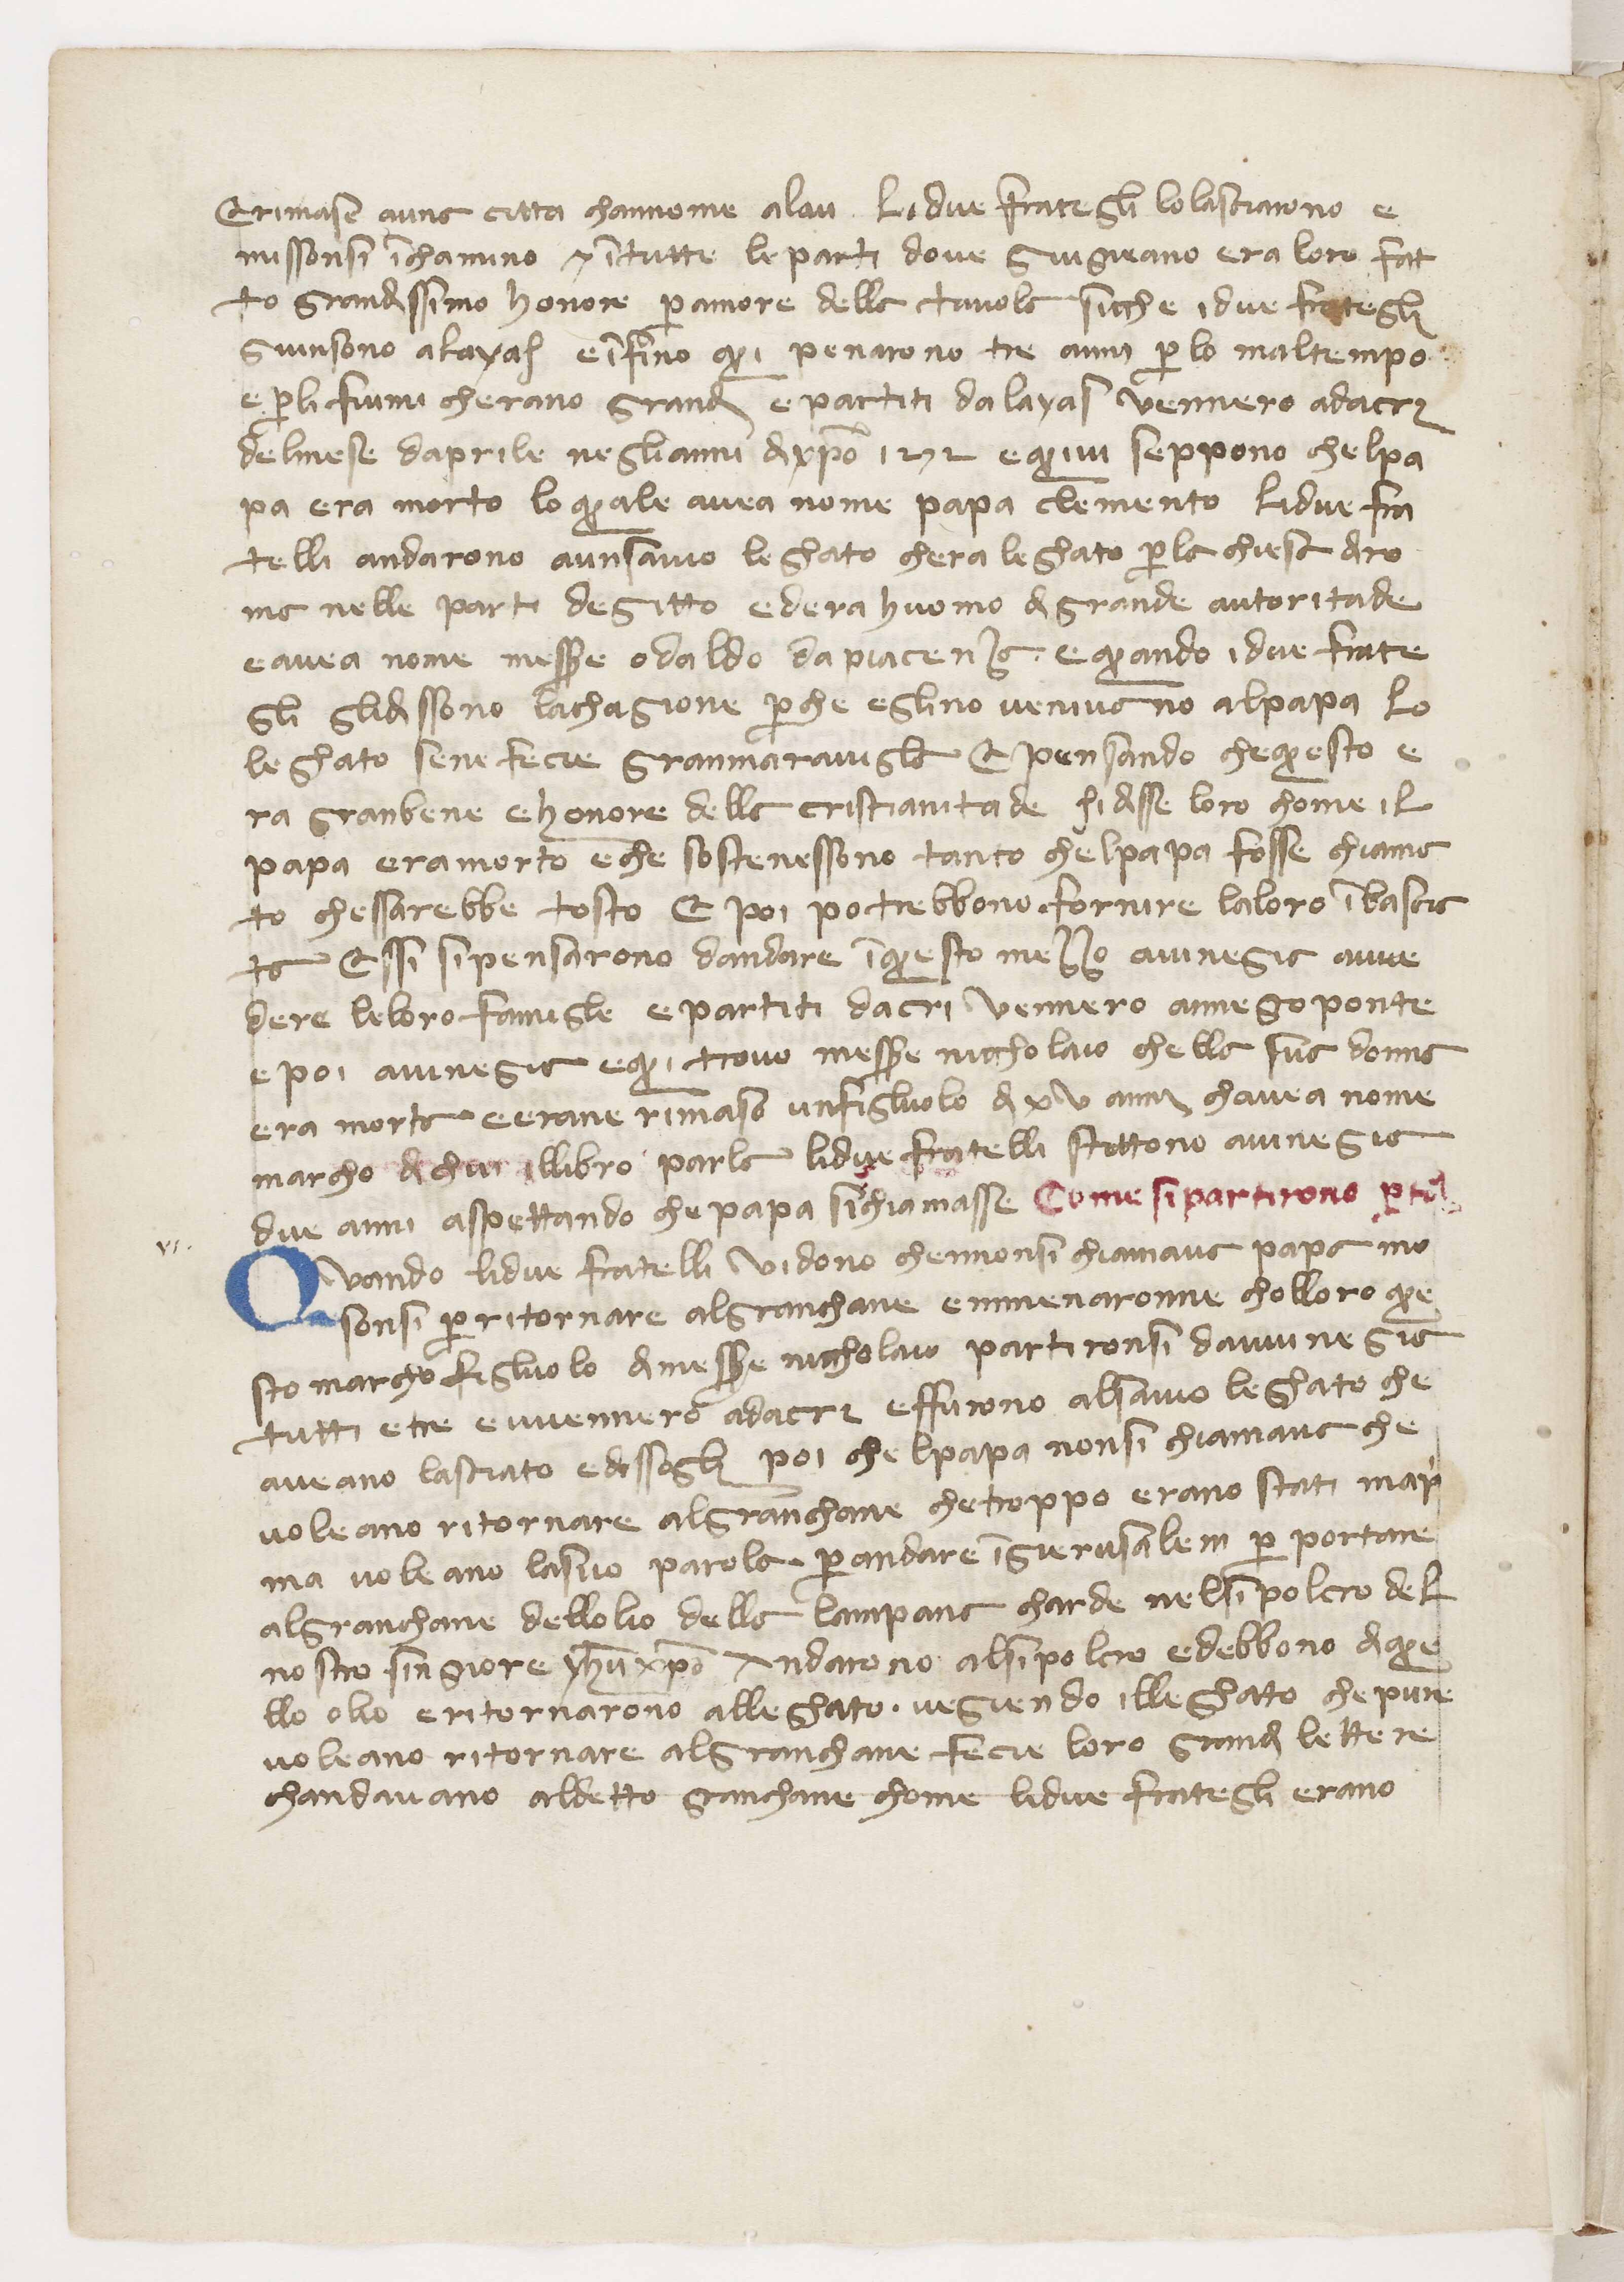
Shelfmark: Paris, BnF, ita. 434
Century: 14